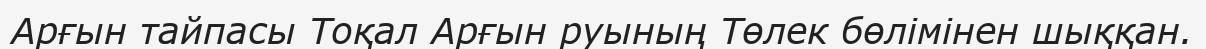
Арғын тайпасы Тоқал Арғын руының Төлек бөлімінен шыққан.